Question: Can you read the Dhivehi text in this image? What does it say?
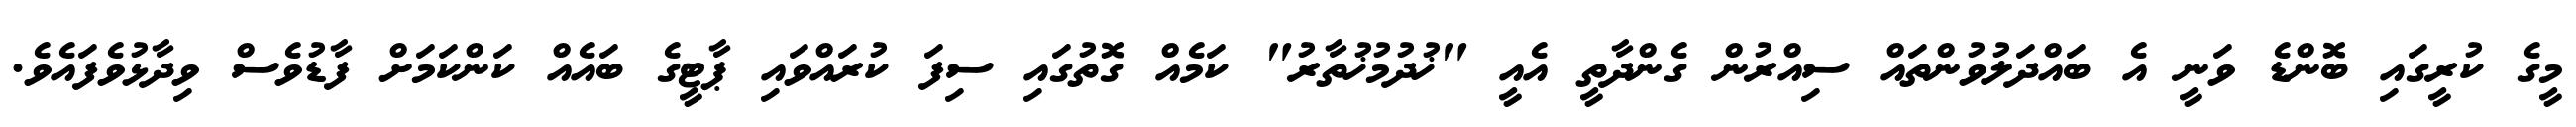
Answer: މީގެ ކުރީގައި ބޮންޑެ ވަނީ އެ ބައްދަލުވުންތައް ސިއްރުން ގެންދާތީ އެއީ "ޚުދުމުޚުތާރު" ކަމެއް ގޮތުގައި ސިފަ ކުރައްވައި ޕާޓީގެ ބައެއް ކަންކަމަށް ފާޑުވެސް ވިދާޅުވެފައެވެ.